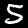
Label: 5